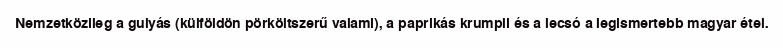
Nemzetközileg a gulyás (külföldön pörköltszerű valami), a paprikás krumpli és a lecsó a legismertebb magyar étel.